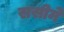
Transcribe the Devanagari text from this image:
ससीमे